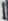
Text: 1